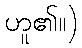
ဟူ၏။)